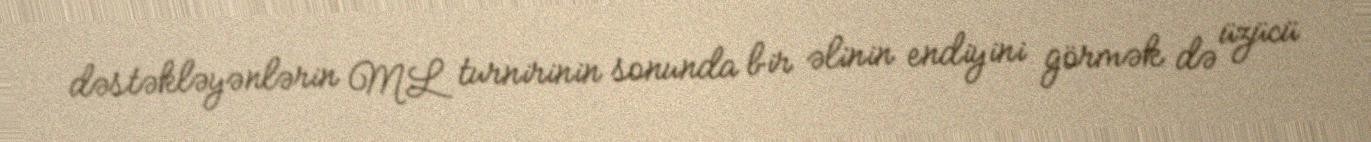
dəstəkləyənlərin ML turnirinin sonunda bir əlinin endiyini görmək də üzücü